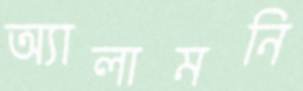
অ্যালামনি